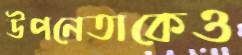
উপনেতাকেও